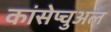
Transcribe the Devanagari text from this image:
कांसेप्चुअल